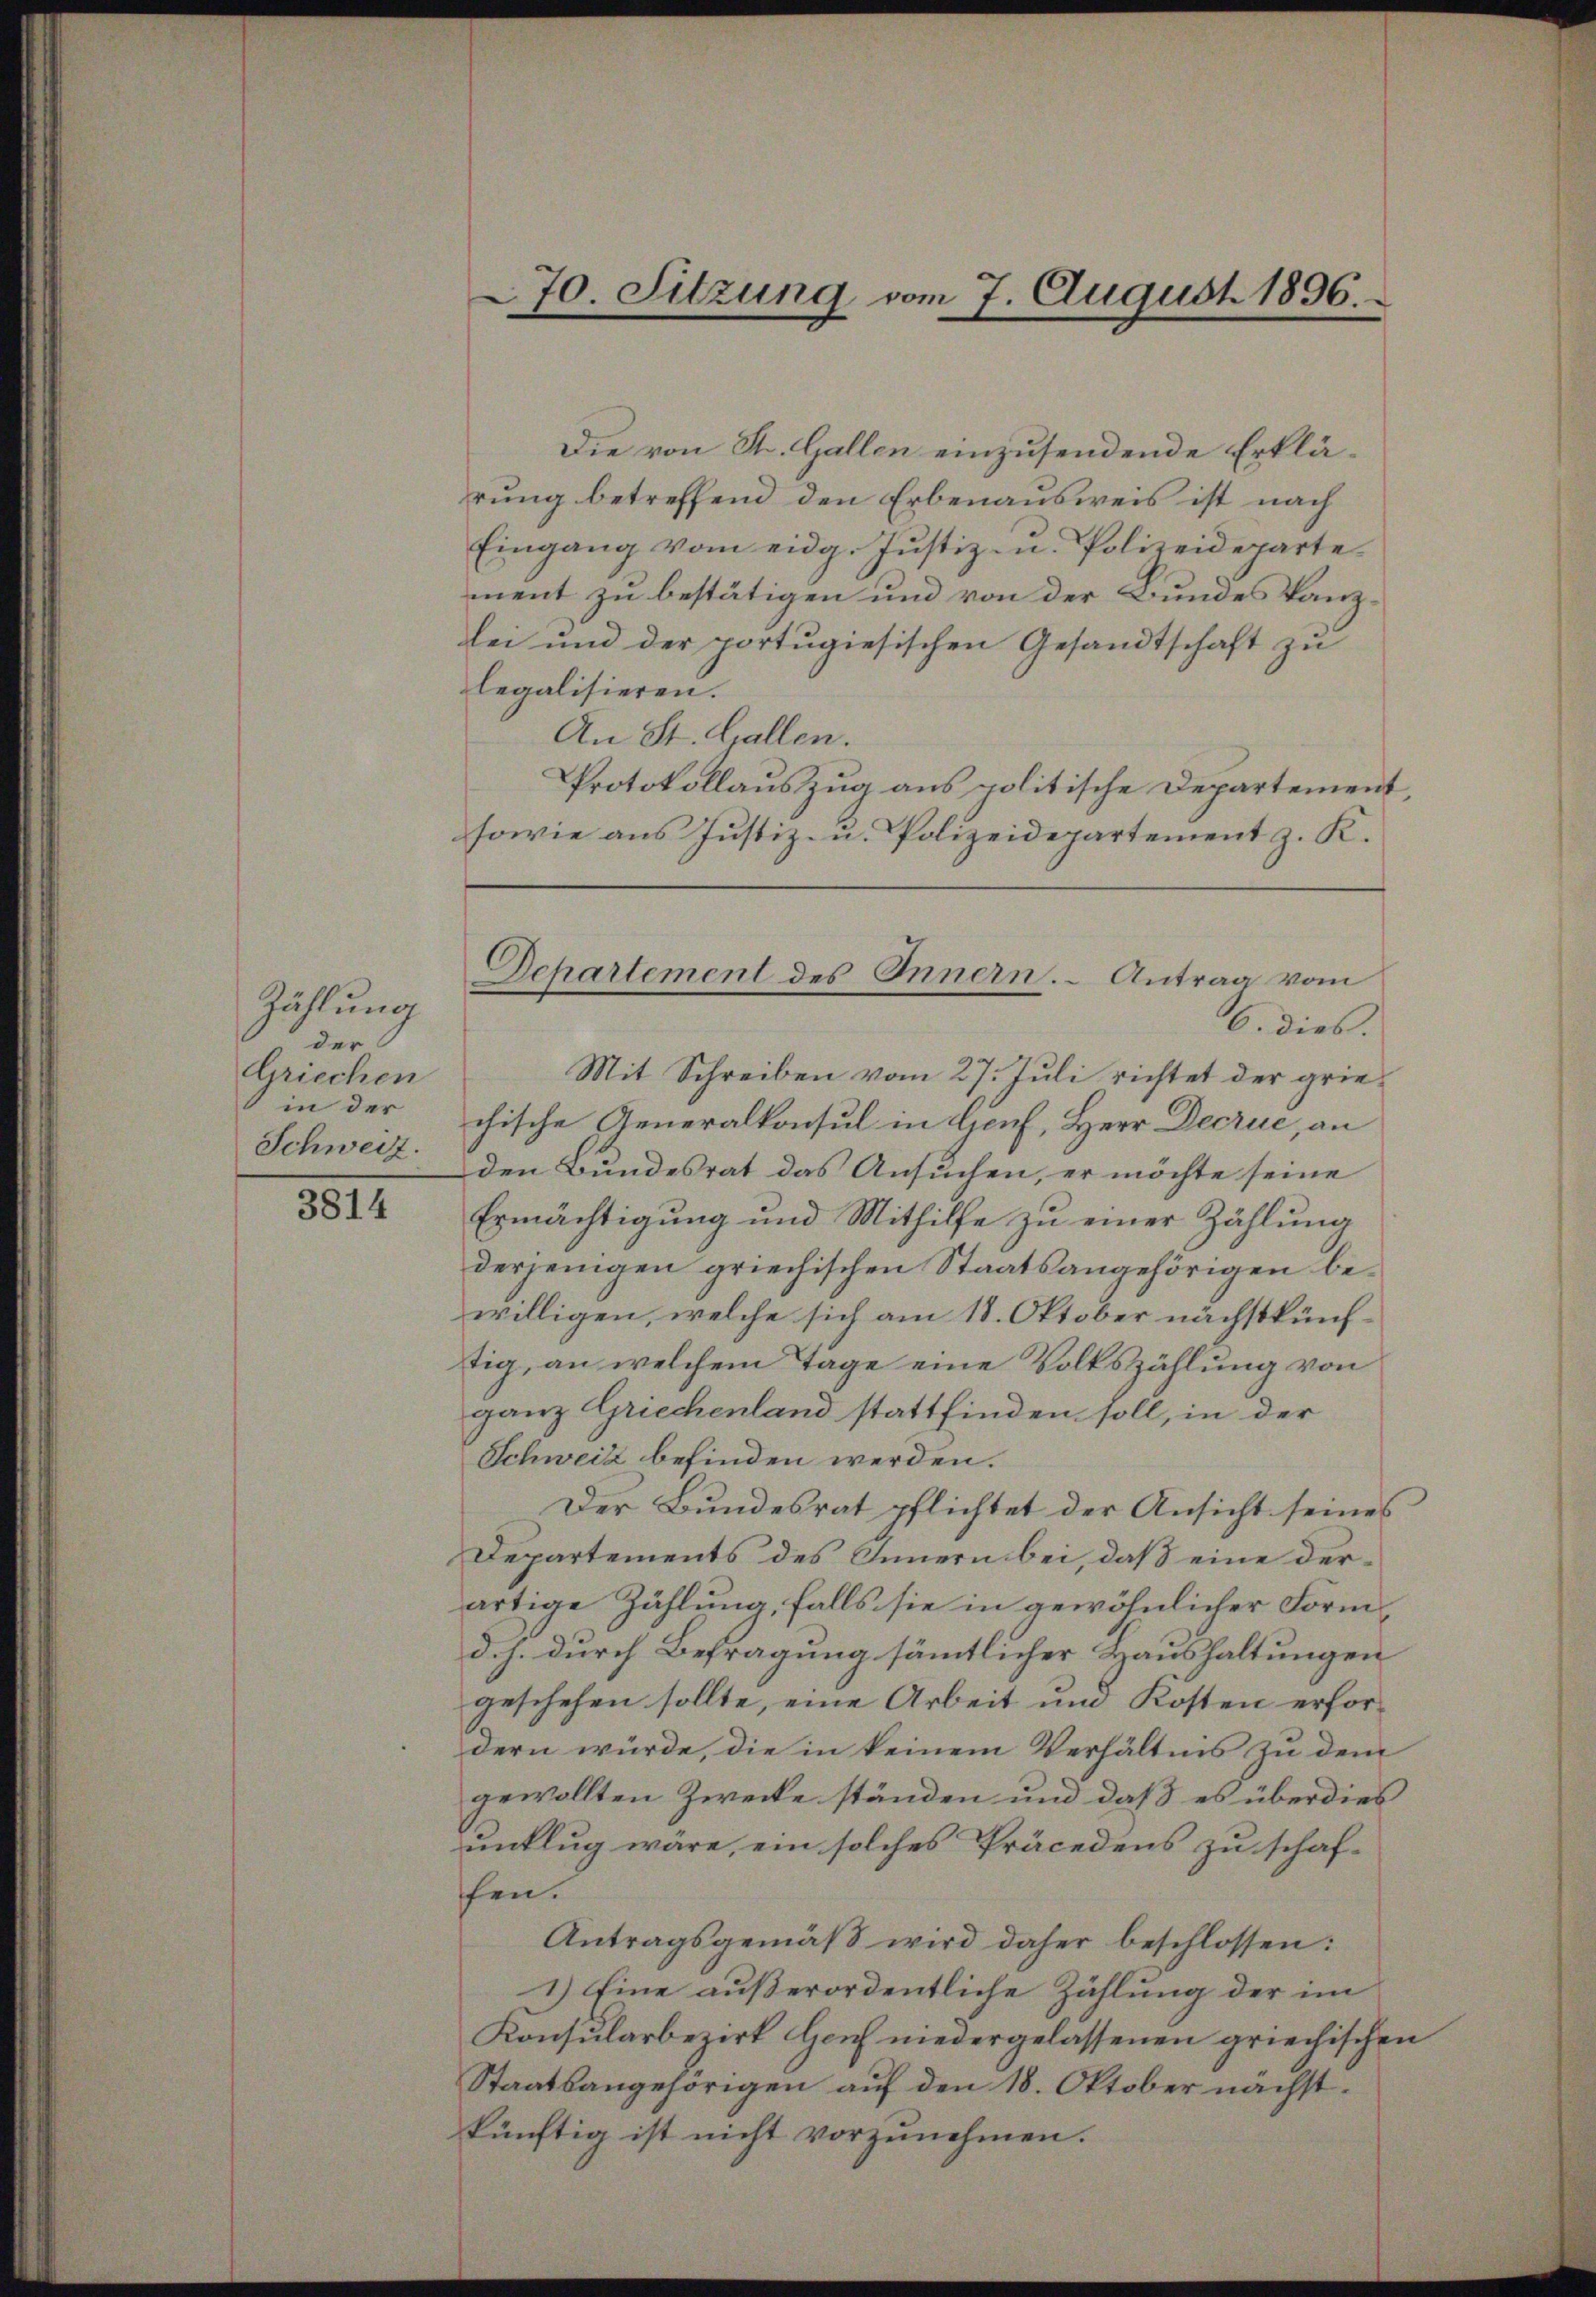
Zählung
der
Griechen
in der
Schweiz.

3814

sowie aus Justiz- u. Polizeidepartement z. K.

Die von St. Gallen einzusendende Erklärung betreffend den Erbenausweis ist nach
Eingang vom eidg. Justiz- u. Polizeideparte
ment zu bestätigen und von der Bundes Kanzlei und der portugiesischen Gesandtschaft zu
legalisieren.
An St. Gallen.
Protokollauszug aus politische Departement,
6. dies.
Mit Schreiben vom 27. Juli richtet der griechische Generalkonsul in Genf, Herr Decrue, an
den Bundesrat das Ansuchen, er möchte seine
Ermächtigung und Mithilfe zu einer Zählung
derjenigen griechischen Staatsangehörigen bewilligen, welche sich am 18. Oktober nächstkünftig, an welchem Tage eine Volkszählung von
ganz Griechenland stattfinden soll, in der
Schweiz befinden werden.
Der Bundesrat pflichtet der Ansicht seines
Departements des Innern bei, daß eine derartige Zählung, falls sie in gewöhnlicher Form
d. h. durch Befragung sämmtlicher Haushaltungen
geschehen sollte, eine Arbeit und Kosten erfordern würde, die in keinem Verhältnis zu dem
gewollten Zwecke ständen und daß es überdies
unklug wäre, ein solches Präcedens zu schaffen.
Antragsgemäß wird daher beschlossen:
1.) Eine außerordentliche Zählung der im
Konsularbezirk Hoch niedergelassenen griechischen
Staatsangehörigen aŭf den 18. Oktober nächstkünftig ist nicht vorzunehmen.

70. Sitzung vom 7. August 1896.

Departement des Innern. Antrag vom